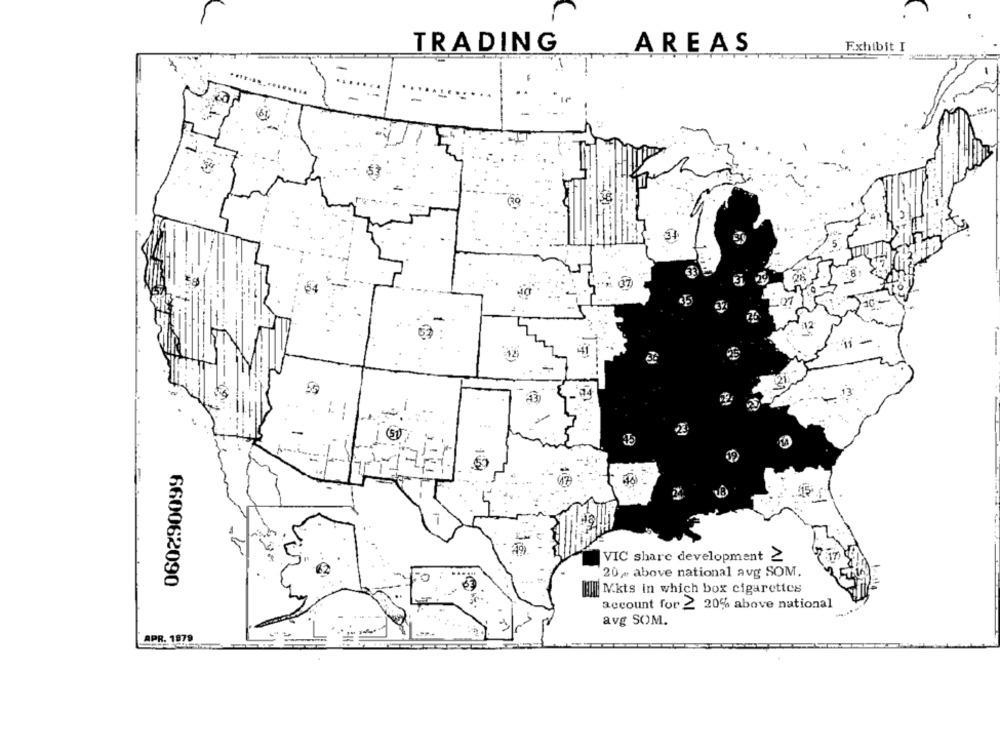
TRADING
AREAS
Exhibit I
41
VIC share development 2
20- above national avg SOM.
660062090
:|| Mkts in which box cigarettes
account for 2
20% above national
avg SOM.
APR. 1979